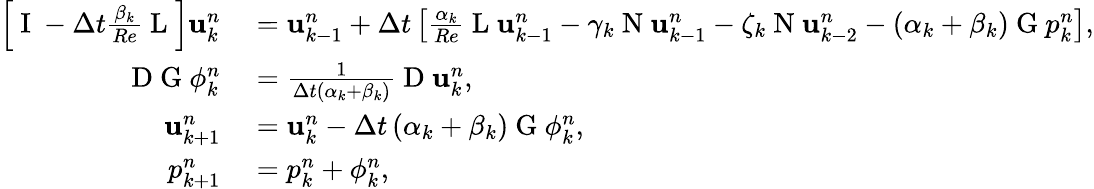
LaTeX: \begin{array}{rl}{\left[\mathrm{~I~}-\Delta t\frac{\beta_{k}}{Re}\mathrm{~L~}\right]\mathbf{u}_{k}^{n}}&{{}=\mathbf{u}_{k-1}^{n}+\Delta t\left[\frac{\alpha_{k}}{Re}\mathrm{~L~}\mathbf{u}_{k-1}^{n}-\gamma_{k}\mathrm{~N~}\mathbf{u}_{k-1}^{n}-\zeta_{k}\mathrm{~N~}\mathbf{u}_{k-2}^{n}-\left(\alpha_{k}+\beta_{k}\right)\mathrm{~G~}p_{k}^{n}\right],}\\ {\mathrm{~D~G~}\phi_{k}^{n}}&{{}=\frac{1}{\Delta t\left(\alpha_{k}+\beta_{k}\right)}\mathrm{~D~}\mathbf{u}_{k}^{n},}\\ {\mathbf{u}_{k+1}^{n}}&{{}=\mathbf{u}_{k}^{n}-\Delta t\left(\alpha_{k}+\beta_{k}\right)\mathrm{~G~}\phi_{k}^{n},}\\ {p_{k+1}^{n}}&{{}=p_{k}^{n}+\phi_{k}^{n},}\end{array}